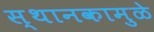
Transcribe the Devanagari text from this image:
स्थानकामुळे